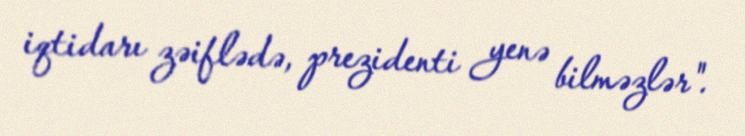
iqtidarı zəiflədə, prezidenti yenə bilməzlər".